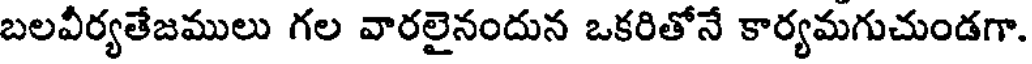
బలవీర్యతేజములు గల వారలైనందున ఒకరితోనే కార్యమగుచుండగా.